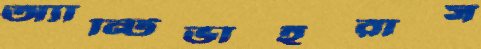
অ্যান্টিভাইরাস